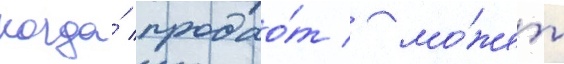
когда́ продао́т / мо́жет